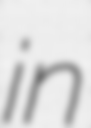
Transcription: in